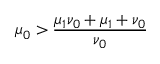
\mu _ { 0 } > \frac { \mu _ { 1 } \nu _ { 0 } + \mu _ { 1 } + \nu _ { 0 } } { \nu _ { 0 } }